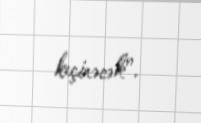
keçirəcək”.